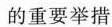
的重要举措